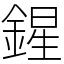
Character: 鍟